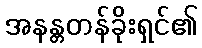
အနန္တတန်ခိုးရှင်၏